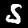
Digit: 5